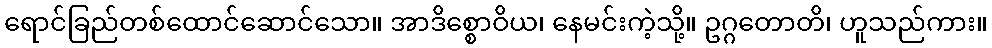
ရောင်ခြည်တစ်ထောင်ဆောင်သော။ အာဒိစ္စောဝိယ၊ နေမင်းကဲ့သို့။ ဥဂ္ဂတောတိ၊ ဟူသည်ကား။